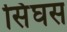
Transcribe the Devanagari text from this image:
सिंघस